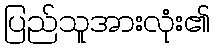
ပြည်သူအားလုံး၏